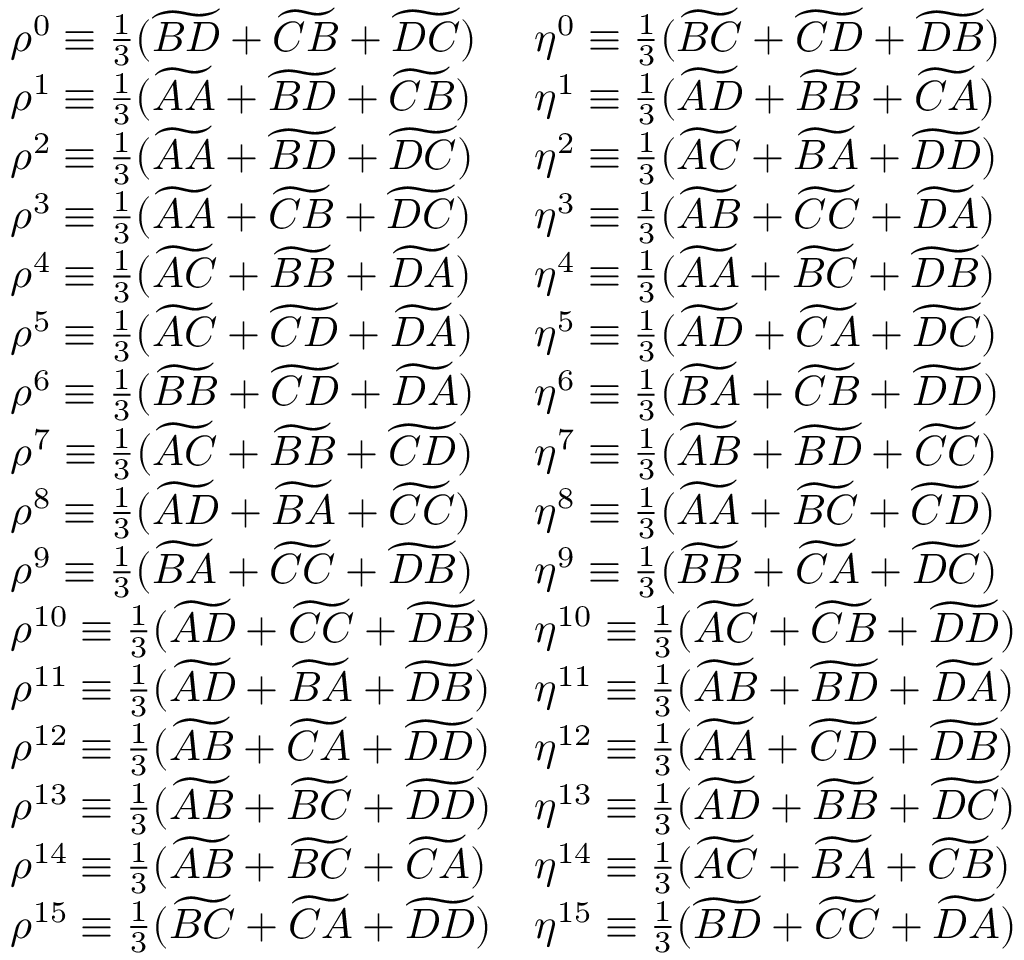
\begin{array} { l l } { \rho ^ { 0 } \equiv \frac { 1 } { 3 } ( \widetilde { B D } + \widetilde { C B } + \widetilde { D C } ) } & { \eta ^ { 0 } \equiv \frac { 1 } { 3 } ( \widetilde { B C } + \widetilde { C D } + \widetilde { D B } ) } \\ { \rho ^ { 1 } \equiv \frac { 1 } { 3 } ( \widetilde { A A } + \widetilde { B D } + \widetilde { C B } ) } & { \eta ^ { 1 } \equiv \frac { 1 } { 3 } ( \widetilde { A D } + \widetilde { B B } + \widetilde { C A } ) } \\ { \rho ^ { 2 } \equiv \frac { 1 } { 3 } ( \widetilde { A A } + \widetilde { B D } + \widetilde { D C } ) } & { \eta ^ { 2 } \equiv \frac { 1 } { 3 } ( \widetilde { A C } + \widetilde { B A } + \widetilde { D D } ) } \\ { \rho ^ { 3 } \equiv \frac { 1 } { 3 } ( \widetilde { A A } + \widetilde { C B } + \widetilde { D C } ) } & { \eta ^ { 3 } \equiv \frac { 1 } { 3 } ( \widetilde { A B } + \widetilde { C C } + \widetilde { D A } ) } \\ { \rho ^ { 4 } \equiv \frac { 1 } { 3 } ( \widetilde { A C } + \widetilde { B B } + \widetilde { D A } ) } & { \eta ^ { 4 } \equiv \frac { 1 } { 3 } ( \widetilde { A A } + \widetilde { B C } + \widetilde { D B } ) } \\ { \rho ^ { 5 } \equiv \frac { 1 } { 3 } ( \widetilde { A C } + \widetilde { C D } + \widetilde { D A } ) } & { \eta ^ { 5 } \equiv \frac { 1 } { 3 } ( \widetilde { A D } + \widetilde { C A } + \widetilde { D C } ) } \\ { \rho ^ { 6 } \equiv \frac { 1 } { 3 } ( \widetilde { B B } + \widetilde { C D } + \widetilde { D A } ) } & { \eta ^ { 6 } \equiv \frac { 1 } { 3 } ( \widetilde { B A } + \widetilde { C B } + \widetilde { D D } ) } \\ { \rho ^ { 7 } \equiv \frac { 1 } { 3 } ( \widetilde { A C } + \widetilde { B B } + \widetilde { C D } ) } & { \eta ^ { 7 } \equiv \frac { 1 } { 3 } ( \widetilde { A B } + \widetilde { B D } + \widetilde { C C } ) } \\ { \rho ^ { 8 } \equiv \frac { 1 } { 3 } ( \widetilde { A D } + \widetilde { B A } + \widetilde { C C } ) } & { \eta ^ { 8 } \equiv \frac { 1 } { 3 } ( \widetilde { A A } + \widetilde { B C } + \widetilde { C D } ) } \\ { \rho ^ { 9 } \equiv \frac { 1 } { 3 } ( \widetilde { B A } + \widetilde { C C } + \widetilde { D B } ) } & { \eta ^ { 9 } \equiv \frac { 1 } { 3 } ( \widetilde { B B } + \widetilde { C A } + \widetilde { D C } ) } \\ { \rho ^ { 1 0 } \equiv \frac { 1 } { 3 } ( \widetilde { A D } + \widetilde { C C } + \widetilde { D B } ) } & { \eta ^ { 1 0 } \equiv \frac { 1 } { 3 } ( \widetilde { A C } + \widetilde { C B } + \widetilde { D D } ) } \\ { \rho ^ { 1 1 } \equiv \frac { 1 } { 3 } ( \widetilde { A D } + \widetilde { B A } + \widetilde { D B } ) } & { \eta ^ { 1 1 } \equiv \frac { 1 } { 3 } ( \widetilde { A B } + \widetilde { B D } + \widetilde { D A } ) } \\ { \rho ^ { 1 2 } \equiv \frac { 1 } { 3 } ( \widetilde { A B } + \widetilde { C A } + \widetilde { D D } ) } & { \eta ^ { 1 2 } \equiv \frac { 1 } { 3 } ( \widetilde { A A } + \widetilde { C D } + \widetilde { D B } ) } \\ { \rho ^ { 1 3 } \equiv \frac { 1 } { 3 } ( \widetilde { A B } + \widetilde { B C } + \widetilde { D D } ) } & { \eta ^ { 1 3 } \equiv \frac { 1 } { 3 } ( \widetilde { A D } + \widetilde { B B } + \widetilde { D C } ) } \\ { \rho ^ { 1 4 } \equiv \frac { 1 } { 3 } ( \widetilde { A B } + \widetilde { B C } + \widetilde { C A } ) } & { \eta ^ { 1 4 } \equiv \frac { 1 } { 3 } ( \widetilde { A C } + \widetilde { B A } + \widetilde { C B } ) } \\ { \rho ^ { 1 5 } \equiv \frac { 1 } { 3 } ( \widetilde { B C } + \widetilde { C A } + \widetilde { D D } ) } & { \eta ^ { 1 5 } \equiv \frac { 1 } { 3 } ( \widetilde { B D } + \widetilde { C C } + \widetilde { D A } ) } \end{array}